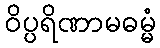
ဝိပ္ပရိဏာမဓမ္မံ